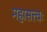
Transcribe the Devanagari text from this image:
महासत्त्वः